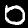
Digit: 0